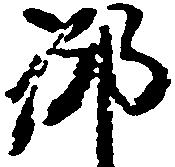
御